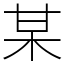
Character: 某